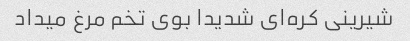
شیرینی کره‌ای شدیدا بوی تخم مرغ میداد